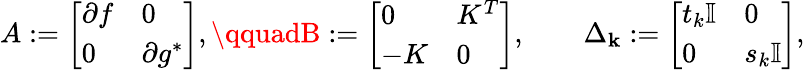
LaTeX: A:=\left[\begin{array}{ll}{\partial f}&{0}\\ {0}&{\partial g^{*}}\end{array}\right],\qquadB:=\left[\begin{array}{ll}{0}&{K^{T}}\\ {-K}&{0}\end{array}\right],\qquad\Delta_{\mathbf{k}}:=\left[\begin{array}{ll}{t_{k}\mathbb I}&{0}\\ {0}&{s_{k}\mathbb I}\end{array}\right],